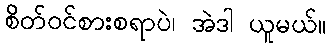
စိတ်ဝင်စားစရာပဲ၊ အဲဒါ ယူမယ်။